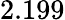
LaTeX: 2.199